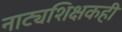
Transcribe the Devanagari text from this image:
नाट्यशिक्षकही